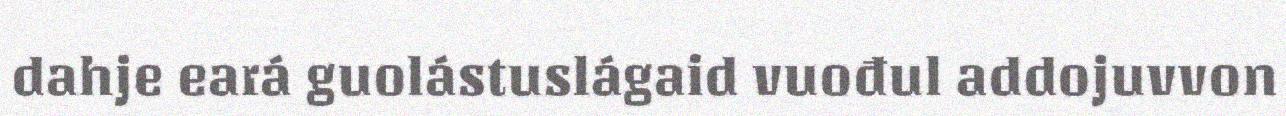
dahje eará guolástuslágaid vuođul addojuvvon